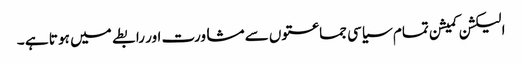
الیکشن کمیشن تمام سیاسی جماعتوں سے مشاورت اور رابطے میں ہو تا ہے ۔